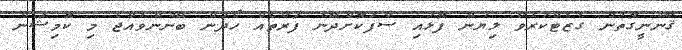
ޤާނޫނީގޮތުން ގެޒެޓްކުރެވޭ ލިޔުން ފޮޅައި ސާފުކޮށްދޭނެ ފަރާތެއް ހޯދަން ބޭނުންވެއްޖެ މި ކޮމިޝަން